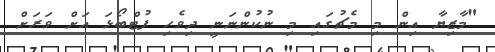
"މާޒިޔާ އިން މި މެޗުގައި މި ނުކުންނަނީ ދިވެހި ފުޓްބޯޅަ އަށް ވަރަށް